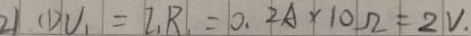
2 1 ( 1 ) V _ { 1 } = I _ { 1 } R _ { 1 } = 0 . 2 A \times 1 0 \Omega = 2 V .